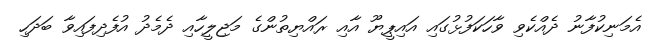
އެމަނިކުފާނު ދެއްކެވި ވާހަކަފުޅުގައި އައިޕީޔޫ އާއި ރައްޔިތުންގެ މަޖިލީހާއި ދެމެދު އުފެދިފައިވާ ބަދަހި